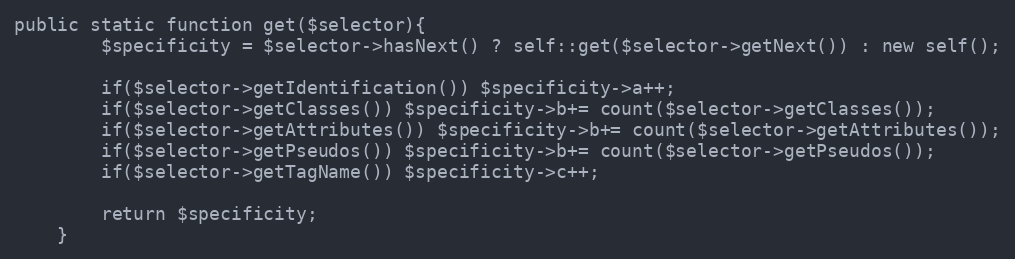
Language: PHP
public static function get($selector){
		$specificity = $selector->hasNext() ? self::get($selector->getNext()) : new self();

		if($selector->getIdentification()) $specificity->a++;
		if($selector->getClasses()) $specificity->b+= count($selector->getClasses());
		if($selector->getAttributes()) $specificity->b+= count($selector->getAttributes());
		if($selector->getPseudos()) $specificity->b+= count($selector->getPseudos());
		if($selector->getTagName()) $specificity->c++;

		return $specificity;
	}